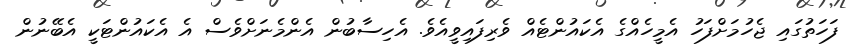
ފަހަތުގައި ޖެހުމަށްފަހު އެމީހެއްގެ އެކައުންޓެއް ވެރިފައިވީއެވެ. އެހިސާބުން އެންމެނަށްވެސް އެ އެކައުންޓަކީ އެބޭނުން